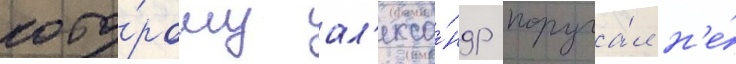
кото́рому ал'екса́ндр поруча́л н'е́